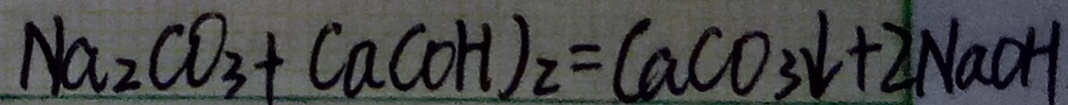
N a _ { 2 } C O _ { 3 } + C a ( O H ) _ { 2 } = C a C O _ { 3 } \downarrow + 2 N a C H